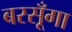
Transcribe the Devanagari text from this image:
बरसूँगा